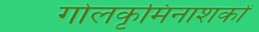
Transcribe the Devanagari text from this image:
गोलकृमिनाशकों